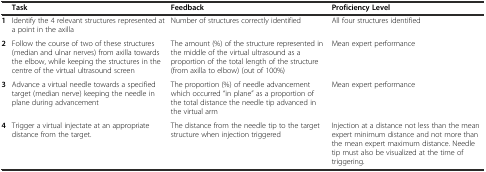
|  | Task | Feedback | Proficiency Level |
 | --- | --- | --- | --- |
 | 1 | Identify the 4 relevant structures represented at a point in the axilla | Number of structures correctly identified | All four structures identified |
 | 2 | Follow the course of two of these structures (median and ulnar nerves) from axilla towards the elbow, while keeping the structures in the centre of the virtual ultrasound screen | The amount (%) of the structure represented in the middle of the virtual ultrasound as a proportion of the total length of the structure (from axilla to elbow) (out of 100%) | Mean expert performance |
 | 3 | Advance a virtual needle towards a specified target (median nerve) keeping the needle in plane during advancement | The proportion (%) of needle advancement which occurred "in plane" as a proportion of the total distance the needle tip advanced in the virtual arm | Mean expert performance |
 | 4 | Trigger a virtual injectate at an appropriate distance from the target. | The distance from the needle tip to the target structure when injection triggered | Injection at a distance not less than the mean expert minimum distance and not more than the mean expert maximum distance. Needle tip must also be visualized at the time of triggering. |